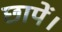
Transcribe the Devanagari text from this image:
छापें।